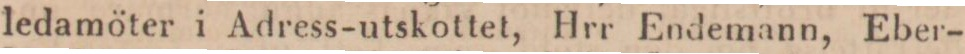
ledamöter i Adress-utskottet, Hrr Endemann, Eber-